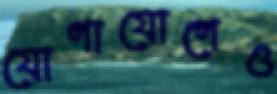
যোগাযোগেও